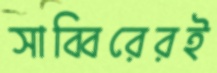
সাব্বিরেরই